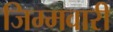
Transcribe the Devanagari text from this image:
जिम्मवारी